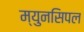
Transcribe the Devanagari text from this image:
म्युनसिपल